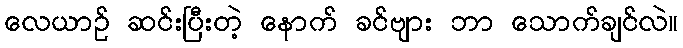
လေယာဉ် ဆင်းပြီးတဲ့ နောက် ခင်ဗျား ဘာ သောက်ချင်လဲ။